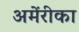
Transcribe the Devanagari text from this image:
अमेंरीका